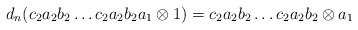
\begin{align*}d_n(c_2a_2b_2 \dots c_2a_2b_2a_1 \otimes 1) = c_2a_2b_2 \dots c_2a_2b_2 \otimes a_1\end{align*}